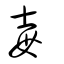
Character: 毐